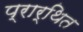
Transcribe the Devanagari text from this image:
प्रार्थित